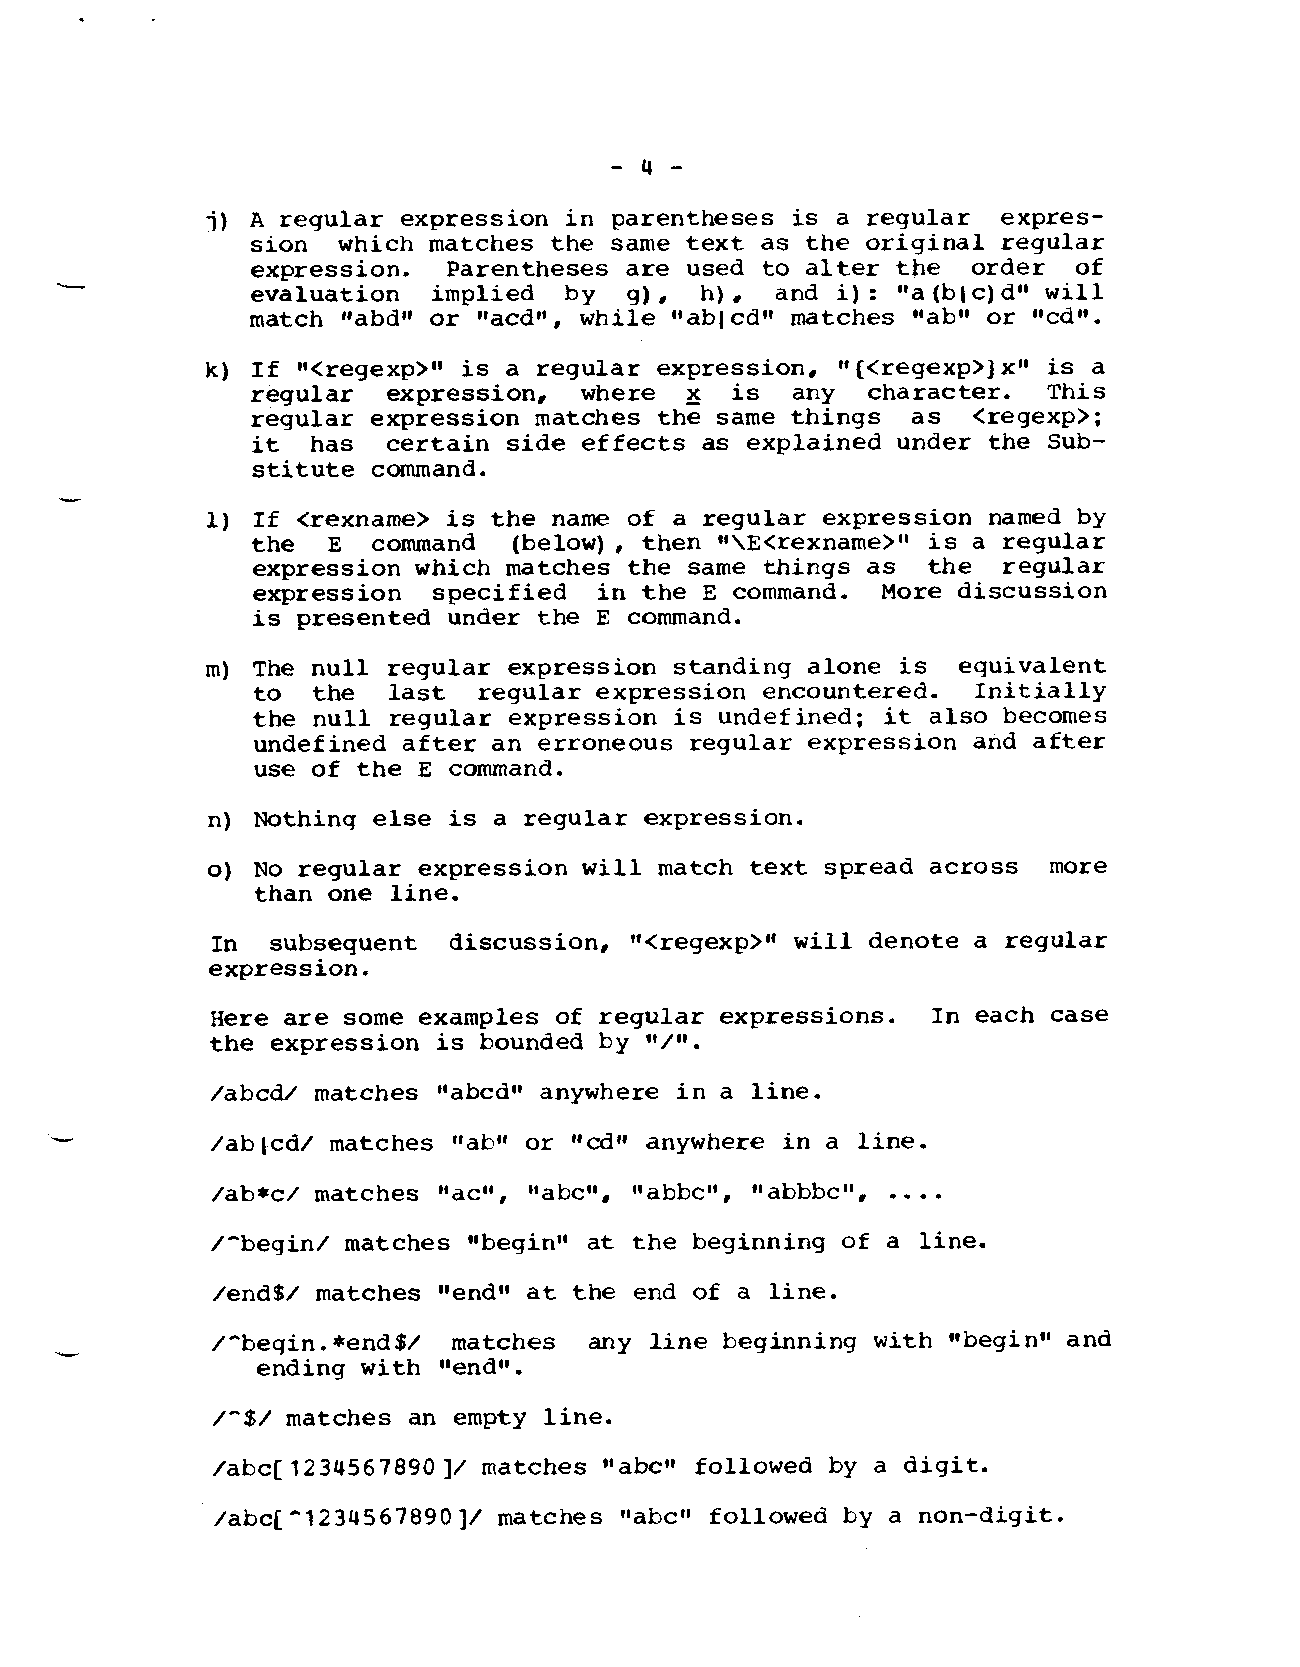
.
 -4-
 j) A regular expression in parentheses is a regular expres-
 sion which matches the same text as the original regular
 expression.  Parentheses are used to alter the order  of
 evaluation  implied by   g), h),  and i): Ila(b[c)dllwill
 match “abd” or “acd”, while I’ablcd”matches ‘tab”or “cd”.
 k) If ‘~<regexp>liis a regular expression, “(<regexp>]x” is a
 regular  expression, where  z  is  any  character.  This
 regular expression matches the same things as  <regexp>;
 it  has  certain side effects as explained under the Sub-
 stitute command.
 1) If <rexname> is the name of a regular expression named by
 the  E  command  (below), then “\E<rexname>Ol is a regular
 expression which matches the same things as the  regular
 expression  specified  in the E command. More discussion
 is presented under the E command.
 m) The null regular expression standing alone is equivalent
 to  the  last  regular expression encountered.  Initially
 the null regular expression is undefined; it also becomes
 undefined after an erroneous regular expression and after
 use of the E command.
 n) Nothing else is a regular expression.
 o) No regular expression will match text spread across more
 than one line.
 In  subsequent  discussion, “<regexp>“ will denote a regular
 expression.
 Here are some examples of regular expressions.  In each case
 the expression is bounded by ‘t/’$.
 /abed/ matches “abcdt’anywhere in a line.
 -          /ablcd/ matches ~iab”or lt~tt anywhere in a line=
 /ab*c/ matches ~tact’,ltabc$O,“abbcil,~labbbc”, ....
 /“begin/ matches ~Sbegint’at the beginning of a line.
 /end$/ matches ~cendl!at the end of a line.
 /-beqin.*end$/  matches  any line beginning with O’begin”and
 ending with “end”.
 /-$/ matches an empty line.
 /abc[1234567890]/ matches “abc” followed by a digit.
 /abc[-1234567890]/ matches ~labcf’followed by a non-digit.